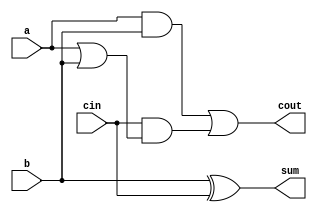
module full_adder1(a,b,cin,sum,cout);
input a,b,cin;
output sum,cout;
assign sum = 1'b0^b^cin;
assign cout = a&b|cin&(a|b); 
// initial begin
//     $display("The incorrect adder with xor0 having in1/0");
// end   
endmodule